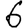
Digit: 6